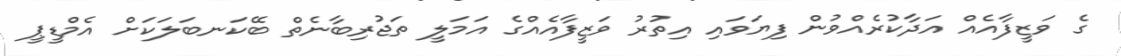
ގެ ވަޒީފާއެއް އަދާކުރެއްވުން ފިޔަވައި އިތުރު ވަޒީފާއެއްގެ އަމަލީ ތަޖުރިބާނެތް ބޭކަނބަލަކަށް އެމްޑީޕީ